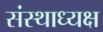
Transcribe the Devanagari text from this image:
संस्थाध्यक्ष